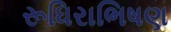
રૂધિરાભિષણ